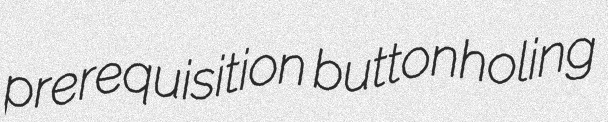
prerequisition buttonholing